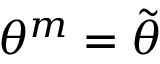
\theta ^ { m } = \Tilde { \theta }